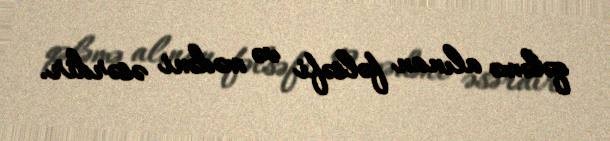
qələmə alınan fəlsəfi və mədəni əsərdir.